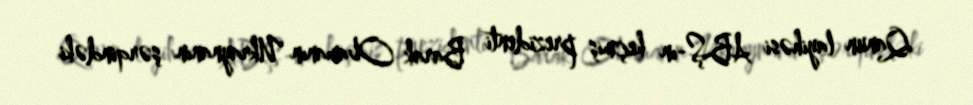
Qanun layihəsi ABŞ-ın keçmiş prezidenti Barak Obamanın Ukraynanın şərqindəki